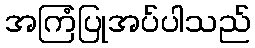
အကြံပြုအပ်ပါသည်